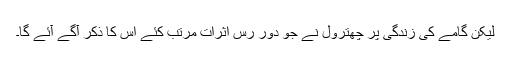
لیکن گامے کی زندگی پر چھترول نے جو دور رس اثرات مرتب کئے اس کا ذکر آگے آئے گا۔